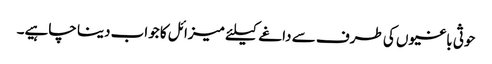
حوثی باغیوں کی طرف سے داغے کیلئے میزائل کا جواب دینا چاہیے۔